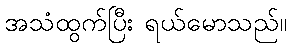
အသံထွက်ပြီး ရယ်မောသည်။